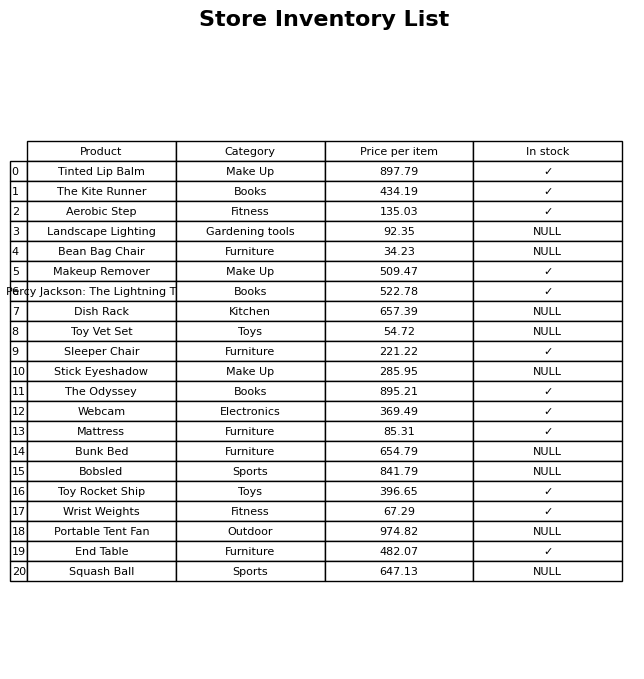
question: What is the price of the Stick Eyeshadow?
answer: The price of Stick Eyeshadow is 285.95.